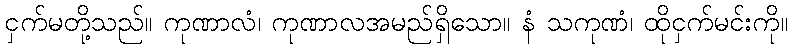
ငှက်မတို့သည်။ ကုဏာလံ၊ ကုဏာလအမည်ရှိသော။ နံ သကုဏံ၊ ထိုငှက်မင်းကို။